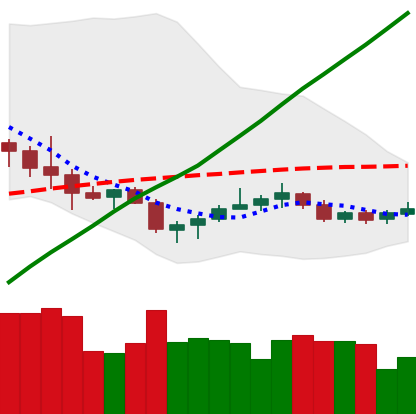
Ticker: NEO-USD
Chart end date: 2020-10-18
Forward return: 4.092%
Label: up_3_5